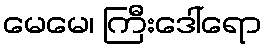
မေမေ၊ ကြီးဒေါ်ရော